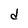
Character: d